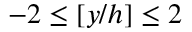
- 2 \leq [ y / h ] \leq 2